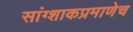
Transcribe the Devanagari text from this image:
सांग्शाकप्रमाणेच